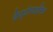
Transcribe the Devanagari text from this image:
डेप्टोमाइसिन